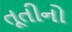
તૂતીનો